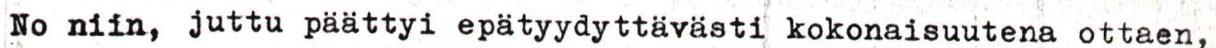
No niin, juttu päättyi epätyydyttävästi kokonaisuutena ottaen,